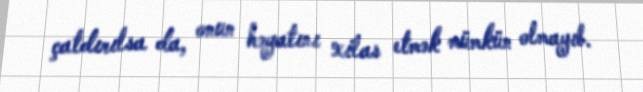
çatdırılsa da, onun həyatını xilas etmək mümkün olmayıb.